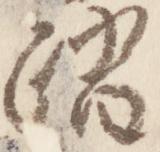
踏